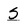
Character: S